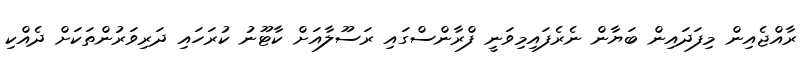
ރާއްޖެއިން މިފަދައިން ބަޔާން ނެރެފައިމިވަނީ ފްރާންސްގައި ރަސޫލާއަށް ކާޓޫނު ކުރަހައި ދަރިވަރުންތަކަށް ދެއްކި